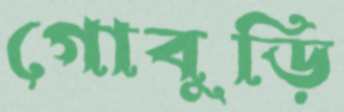
গোবুড়ি